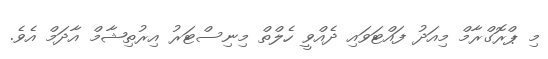
މި ޕްރޮގްރާމް މިއަދު ފައްޓަވައި ދެއްވީ ހެލްތް މިނިސްޓަރު އިރުތިޝާމް އާދަމް އެވެ.